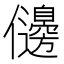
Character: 𠑟